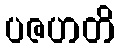
ပဇဟတိ